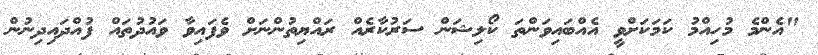
"އެންމެ މުހިއްމު ކަމަކަށްވީ އެއްބައިވަންތަ ކޯލިޝަން ސަރުކާރެއް ރައްޔިތުންނަށް ވެފައިވާ ވައުދުތައް ފުއްދައިދިނުން